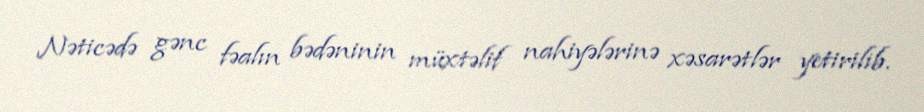
Nəticədə gənc fəalın bədəninin müxtəlif nahiyələrinə xəsarətlər yetirilib.